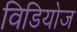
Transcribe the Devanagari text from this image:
विडियोज